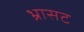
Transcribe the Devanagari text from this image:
भ्रासट